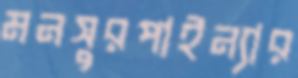
মনসুরপাইন্যার